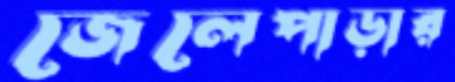
জেলেপাড়ার